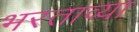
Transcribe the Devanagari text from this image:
भरताव्या